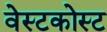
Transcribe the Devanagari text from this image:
वेस्टकोस्ट